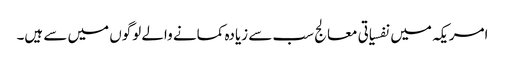
امریکہ میں نفسیاتی معالج سب سے زیادہ کمانے والے لوگوں میں سے ہیں۔